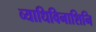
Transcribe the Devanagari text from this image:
व्याधिविनाशिनि